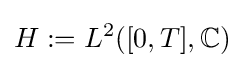
H:=L^{2}([0,T],\mathbb {C} )